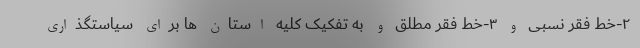
۲-خط فقر نسبی و ۳-خط فقر مطلق و به تفکیک کلیه استان ها برای سیاستگذاری